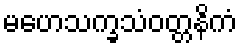
မဟေသက္ခသံဝတ္တနိကံ